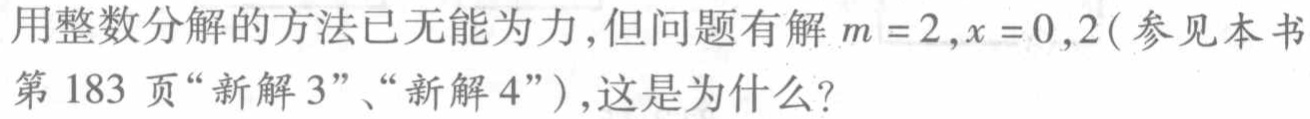
用整数分解的方法已无能为力,但问题有解 \(m = 2,x = 0,2\) (参见本书第 183 页“新解 3”、“新解 4”),这是为什么?